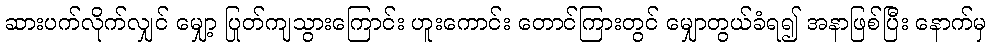
ဆားပက်လိုက်လျှင် မျှော့ ပြုတ်ကျသွားကြောင်း ဟူးကောင်း တောင်ကြားတွင် မျှောတွယ်ခံရ၍ အနာဖြစ်ပြီး နောက်မှ